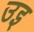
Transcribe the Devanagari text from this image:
उइ